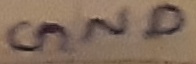
Text: GND